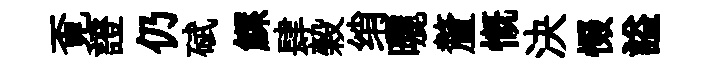
覔證仍碔鰥肆榖绡曬釐慨決惙謚